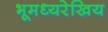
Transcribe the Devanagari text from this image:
भूमध्यरेखिय